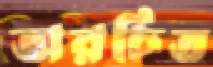
অরচিত